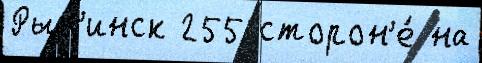
Рыб'инск 255 сторон'е́ на